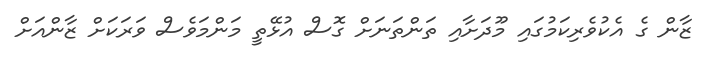
ޒާން ގެ އެކުވެރިކަމުގައި މޫދަށާއި ތަންތަނަށް ގޮސް އުޅޭތީ މަންމަވެސް ވަރަކަށް ޒާންއަށް